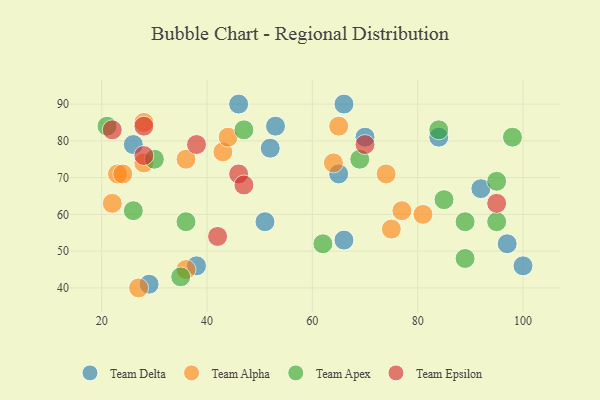
{"axis": {"x": "GDP", "y": "Life Expectancy"}, "legend": ["Team Alpha", "Team Apex", "Team Delta", "Team Epsilon"], "data": [{"x": "53", "y": 84, "type": "Team Delta"}, {"x": "38", "y": 46, "type": "Team Delta"}, {"x": "46", "y": 90, "type": "Team Delta"}, {"x": "66", "y": 53, "type": "Team Delta"}, {"x": "70", "y": 81, "type": "Team Delta"}, {"x": "51", "y": 58, "type": "Team Delta"}, {"x": "92", "y": 67, "type": "Team Delta"}, {"x": "84", "y": 81, "type": "Team Delta"}, {"x": "26", "y": 79, "type": "Team Delta"}, {"x": "52", "y": 78, "type": "Team Delta"}, {"x": "29", "y": 41, "type": "Team Delta"}, {"x": "100", "y": 46, "type": "Team Delta"}, {"x": "65", "y": 71, "type": "Team Delta"}, {"x": "97", "y": 52, "type": "Team Delta"}, {"x": "66", "y": 90, "type": "Team Delta"}, {"x": "64", "y": 74, "type": "Team Alpha"}, {"x": "81", "y": 60, "type": "Team Alpha"}, {"x": "22", "y": 63, "type": "Team Alpha"}, {"x": "27", "y": 40, "type": "Team Alpha"}, {"x": "36", "y": 45, "type": "Team Alpha"}, {"x": "65", "y": 84, "type": "Team Alpha"}, {"x": "43", "y": 77, "type": "Team Alpha"}, {"x": "28", "y": 85, "type": "Team Alpha"}, {"x": "23", "y": 71, "type": "Team Alpha"}, {"x": "36", "y": 75, "type": "Team Alpha"}, {"x": "28", "y": 74, "type": "Team Alpha"}, {"x": "24", "y": 71, "type": "Team Alpha"}, {"x": "77", "y": 61, "type": "Team Alpha"}, {"x": "75", "y": 56, "type": "Team Alpha"}, {"x": "44", "y": 81, "type": "Team Alpha"}, {"x": "74", "y": 71, "type": "Team Alpha"}, {"x": "85", "y": 64, "type": "Team Apex"}, {"x": "89", "y": 48, "type": "Team Apex"}, {"x": "84", "y": 83, "type": "Team Apex"}, {"x": "69", "y": 75, "type": "Team Apex"}, {"x": "95", "y": 58, "type": "Team Apex"}, {"x": "62", "y": 52, "type": "Team Apex"}, {"x": "30", "y": 75, "type": "Team Apex"}, {"x": "35", "y": 43, "type": "Team Apex"}, {"x": "36", "y": 58, "type": "Team Apex"}, {"x": "21", "y": 84, "type": "Team Apex"}, {"x": "98", "y": 81, "type": "Team Apex"}, {"x": "26", "y": 61, "type": "Team Apex"}, {"x": "47", "y": 83, "type": "Team Apex"}, {"x": "95", "y": 69, "type": "Team Apex"}, {"x": "89", "y": 58, "type": "Team Apex"}, {"x": "46", "y": 71, "type": "Team Epsilon"}, {"x": "22", "y": 83, "type": "Team Epsilon"}, {"x": "28", "y": 76, "type": "Team Epsilon"}, {"x": "38", "y": 79, "type": "Team Epsilon"}, {"x": "95", "y": 63, "type": "Team Epsilon"}, {"x": "42", "y": 54, "type": "Team Epsilon"}, {"x": "28", "y": 84, "type": "Team Epsilon"}, {"x": "70", "y": 79, "type": "Team Epsilon"}, {"x": "47", "y": 68, "type": "Team Epsilon"}]}